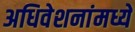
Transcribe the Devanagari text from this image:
अधिवेशनांमध्ये